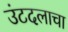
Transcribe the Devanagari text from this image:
उंटदलाचा